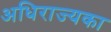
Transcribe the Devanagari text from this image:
अधिराज्यका